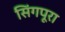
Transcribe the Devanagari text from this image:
सिंगपूरा